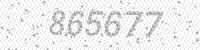
Solution: 865677